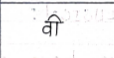
मजकूर: वी